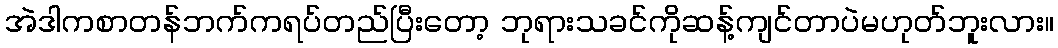
အဲဒါကစာတန်ဘက်ကရပ်တည်ပြီးတော့ ဘုရားသခင်ကိုဆန့်ကျင်တာပဲမဟုတ်ဘူးလား။